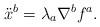
LaTeX: \begin{align*}\ddot{x}^b = \lambda_a \nabla^b f^a.\end{align*}